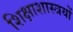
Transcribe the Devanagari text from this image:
शिक्षाशास्त्रयों